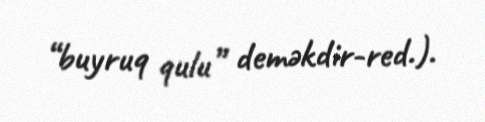
“buyruq qulu” deməkdir-red.).